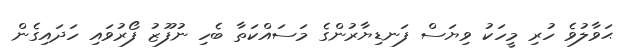
ޙަވާލުވެ ހުރި މީހަކު ވިޔަސް ފަނޑިޔާރުންގެ މަސައްކަތާ ބެހި ނުފޫޒު ފޯރުވައި ހަދައިގެން